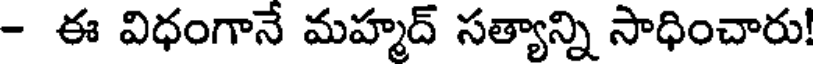
- ఈ విధంగానే మహ్మద్ సత్యాన్ని సాధించారు!